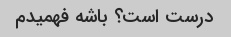
درست است؟ باشه فهمیدم